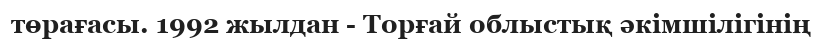
төрағасы. 1992 жылдан - Торғай облыстық әкімшілігінің